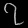
Digit: ၇